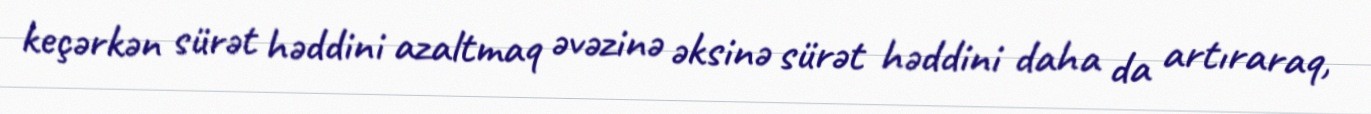
keçərkən sürət həddini azaltmaq əvəzinə əksinə sürət həddini daha da artıraraq,